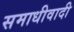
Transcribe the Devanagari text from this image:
समाधीवादी